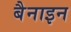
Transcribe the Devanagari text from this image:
बैनाइन